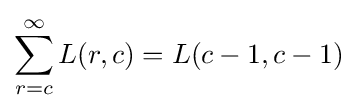
\sum _{r=c}^{\infty }L(r,c)=L(c-1,c-1)